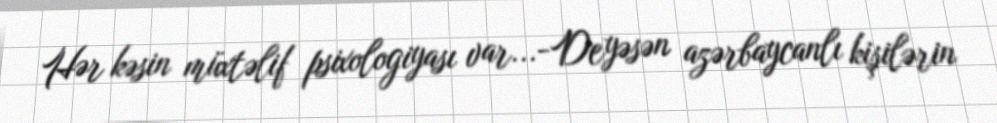
Hər kəsin müxtəlif psixologiyası var...-Deyəsən azərbaycanlı kişilərin